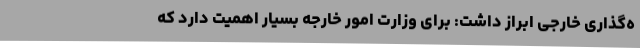
ه‌گذاری خارجی ابراز داشت: برای وزارت امور خارجه بسیار اهمیت دارد که